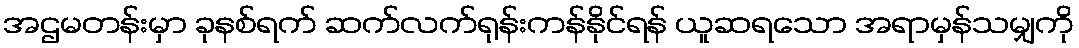
အဌမတန်းမှာ ခုနစ်ရက် ဆက်လက်ရုန်းကန်နိုင်ရန် ယူဆရသော အရာမှန်သမျှကို